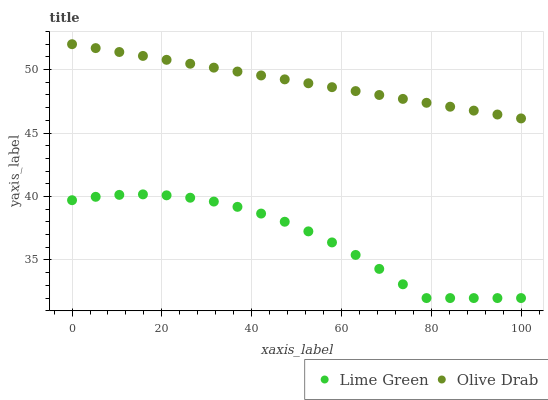
| xaxis_label | Lime Green | Olive Drab |
 | --- | --- | --- |
 | 0 | 39.7 | 52 |
 | 5.26 | 40 | 51.7 |
 | 10.5 | 40.1 | 51.4 |
 | 15.8 | 40.2 | 51.1 |
 | 21.1 | 40.1 | 50.8 |
 | 26.3 | 39.9 | 50.5 |
 | 31.6 | 39.6 | 50.2 |
 | 36.8 | 39.2 | 49.8 |
 | 42.1 | 38.7 | 49.5 |
 | 47.4 | 38 | 49.2 |
 | 52.6 | 37.3 | 48.9 |
 | 57.9 | 36.4 | 48.6 |
 | 63.2 | 35.4 | 48.3 |
 | 68.4 | 34.3 | 48 |
 | 73.7 | 33.1 | 47.7 |
 | 78.9 | 32 | 47.4 |
 | 84.2 | 32 | 47.1 |
 | 89.5 | 32 | 46.8 |
 | 94.7 | 32 | 46.5 |
 | 100 | 32 | 46.2 |